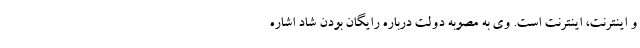
و اینترنت، اینترنت است. وی به مصوبه دولت درباره رایگان بودن شاد اشاره